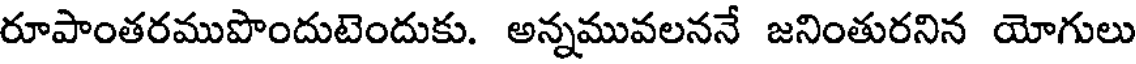
రూపాంతరముపొందుటెందుకు. అన్నమువలననే జనింతురనిన యోగులు